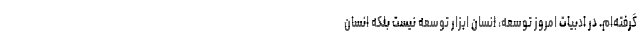
گرفته‌‌ام. در ادبیات امروز توسعه، انسان ابزار توسعه نیست بلکه انسان